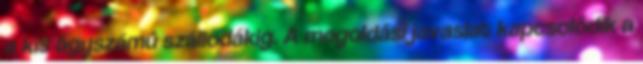
a kis ágyszámú szállodákig. A megoldási javaslat kapcsolódik a